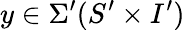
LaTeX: y\in\Sigma^{\prime}(S^{\prime}\times I^{\prime})